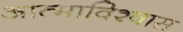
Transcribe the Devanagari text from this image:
आत्माविश्वास